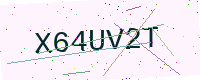
Text: X64UV2T